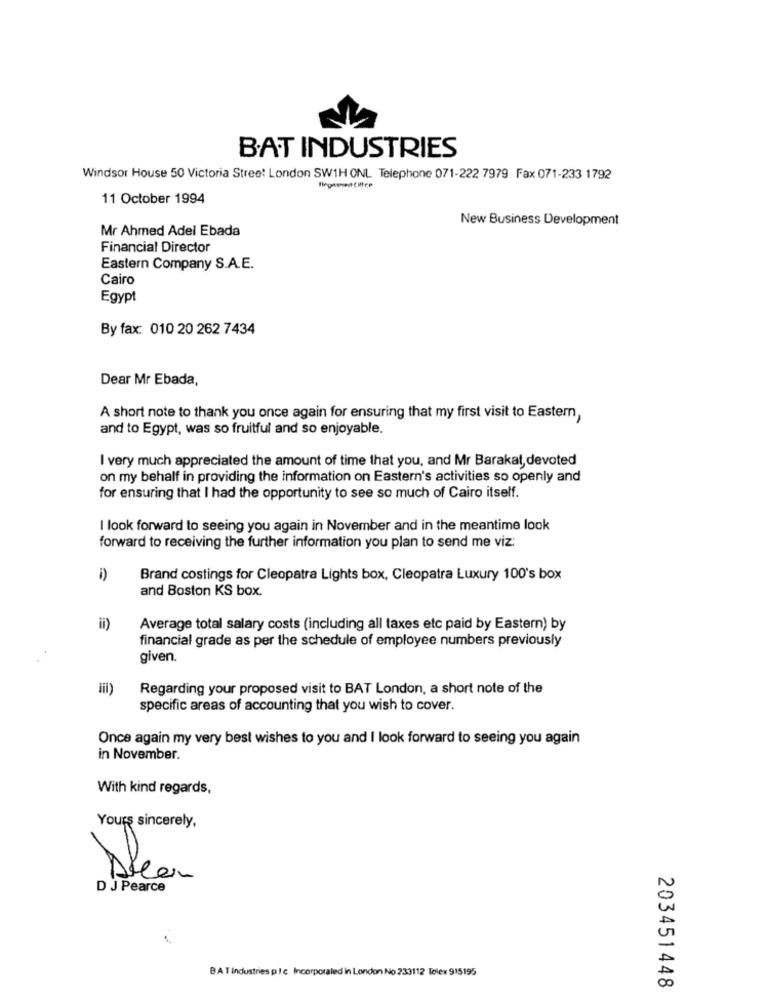
BAT INDUSTRIES
Windsor House 50 Victoria Street London SW1H ONL Telephone 071-222 7979 Fax 071-233 1792
11 October 1994
New Business Development
Mr Ahmed Adel Ebada
Financial Director
Eastern Company S.A.E.
Cairo
Egypt
By fax: 010 20 262 7434
Dear Mr Ebada,
A short note to thank you once again for ensuring that my first visit to Eastern,
and to Egypt, was so fruitful and so enjoyable.
I very much appreciated the amount of time that you, and Mr Barakat, devoted
on my behalf in providing the information on Eastern's activities so openly and
for ensuring that I had the opportunity to see so much of Cairo itself.
I look forward to seeing you again in November and in the meantime look
forward to receiving the further information you plan to send me viz:
i)
Brand costings for Cleopatra Lights box, Cleopatra Luxury 100's box
and Boston KS box.
il)
Average total salary costs (including all taxes etc paid by Eastern) by
financial grade as per the schedule of employee numbers previously
given.
Regarding your proposed visit to BAT London, a short note of the
specific areas of accounting that you wish to cover.
Once again my very best wishes to you and I look forward to seeing you again
in November.
With kind regards,
Yours sincerely,
D J Pearce
0
U
BAT industries plc Incorporaled in London No 233112 Telex 915195
203451448